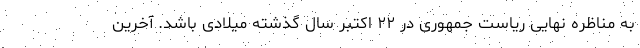
به مناظره نهایی ریاست جمهوری در ۲۲ اکتبر سال گذشته میلادی باشد. آخرین